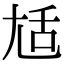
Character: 𡯢